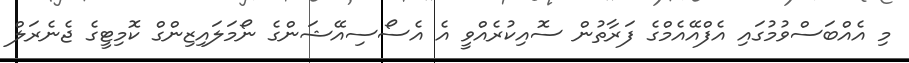
މި އެއްބަސްވުމުގައި އެފްއޭއެމްގެ ފަރާތުން ސޮއިކުރެއްވީ އެ އެސޯސިއޭޝަންގެ ނޯމަލައިޒިންގް ކޮމިޓީގެ ޖެނެރަލް